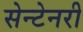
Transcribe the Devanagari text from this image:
सेन्टेनरी